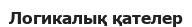
Логикалық қателер